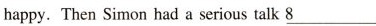
happy. Then Simon had a serious talk \underline{8}